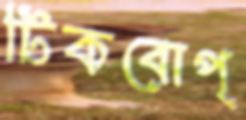
টিকবোপ্